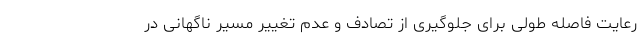
رعایت فاصله طولی برای جلوگیری از تصادف و عدم تغییر مسیر ناگهانی در